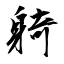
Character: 躸